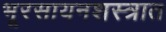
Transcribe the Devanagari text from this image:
भूरसायनशस्त्रात